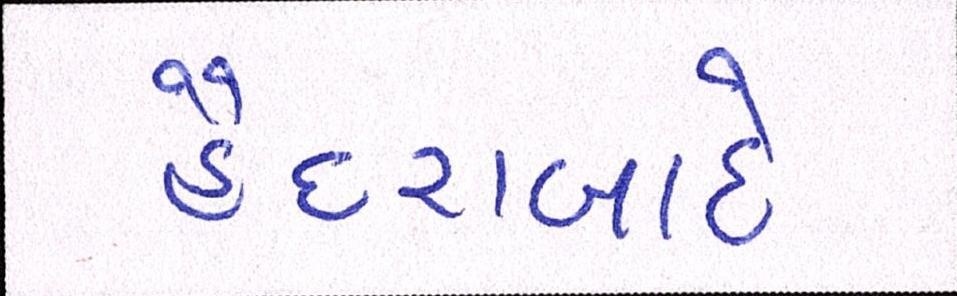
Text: હૈદરાબાદે